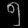
Digit: ၅